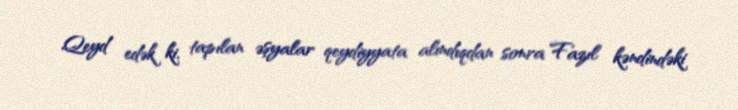
Qeyd edək ki, tapılan əşyalar qeydiyyata alındıqdan sonra Fazıl kəndindəki